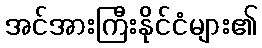
အင်အားကြီးနိုင်ငံများ၏